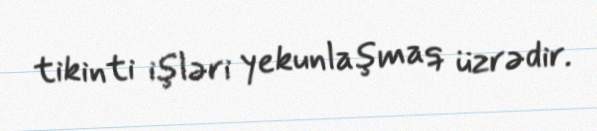
tikinti işləri yekunlaşmaq üzrədir.